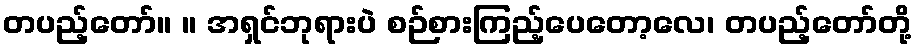
တပည့်တော်။ ။ အရှင်ဘုရားပဲ စဉ်စားကြည့်ပေတော့လေ၊ တပည့်တော်တို့